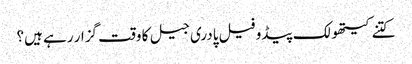
کتنے کیتھولک پیڈو فیل پادری جیل کا وقت گزار رہے ہیں؟